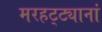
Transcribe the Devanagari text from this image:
मरहट्ट्यानां